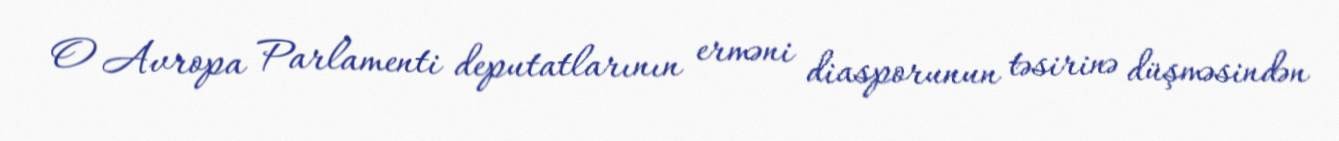
O Avropa Parlamenti deputatlarının erməni diasporunun təsirinə düşməsindən